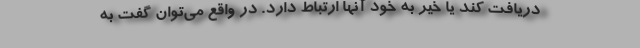
دریافت کند یا خیر به خود آنها ارتباط دارد. در واقع می‌توان گفت به